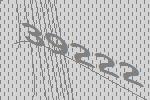
39222